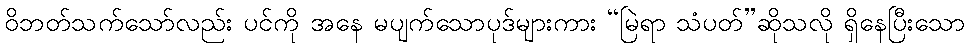
ဝိဘတ်သက်သော်လည်း ပင်ကို အနေ မပျက်သောပုဒ်များကား “မြဲရာ သံပတ်”ဆိုသလို ရှိနေပြီးသော